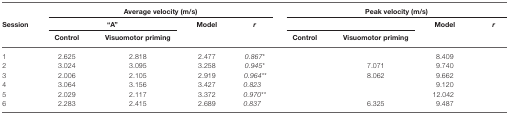
<table><thead><tr><td>[EMPTY_CELL]</td><td colspan="4"><b>Average velocity (m/s)</b></td><td colspan="4"><b>Peak velocity (m/s)</b></td></tr><tr><td><b>Session</b></td><td colspan="2"><b>“A”</b></td><td><b>Model</b></td><td><b><i>r</i></b></td><td colspan="2">[EMPTY_CELL]</td><td><b>Model</b></td><td><b><i>r</i></b></td></tr><tr><td>[EMPTY_CELL]</td><td><b>Control</b></td><td><b>Visuomotor priming</b></td><td>[EMPTY_CELL]</td><td>[EMPTY_CELL]</td><td><b>Control</b></td><td><b>Visuomotor priming</b></td><td>[EMPTY_CELL]</td><td>[EMPTY_CELL]</td></tr></thead><tbody><tr><td>1</td><td>2.625</td><td>2.818</td><td>2.477</td><td><i>0.867*</i></td><td>[EMPTY_CELL]</td><td>[EMPTY_CELL]</td><td>8.409</td><td>[EMPTY_CELL]</td></tr><tr><td>2</td><td>3.024</td><td>3.095</td><td>3.258</td><td><i>0.945*</i></td><td>[EMPTY_CELL]</td><td>7.071</td><td>9.740</td><td>[EMPTY_CELL]</td></tr><tr><td>3</td><td>2.006</td><td>2.105</td><td>2.919</td><td><i>0.964**</i></td><td>[EMPTY_CELL]</td><td>8.062</td><td>9.662</td><td>[EMPTY_CELL]</td></tr><tr><td>4</td><td>3.064</td><td>3.156</td><td>3.427</td><td><i>0.823</i></td><td>[EMPTY_CELL]</td><td>[EMPTY_CELL]</td><td>9.120</td><td>[EMPTY_CELL]</td></tr><tr><td>5</td><td>2.029</td><td>2.117</td><td>3.372</td><td><i>0.970**</i></td><td>[EMPTY_CELL]</td><td>[EMPTY_CELL]</td><td>12.042</td><td>[EMPTY_CELL]</td></tr><tr><td>6</td><td>2.283</td><td>2.415</td><td>2.689</td><td><i>0.837</i></td><td>[EMPTY_CELL]</td><td>6.325</td><td>9.487</td><td>[EMPTY_CELL]</td></tr></tbody></table>